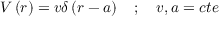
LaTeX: V \left( r \right) = v \delta \left( r - a \right) \quad ; \quad v , a = c t e